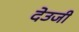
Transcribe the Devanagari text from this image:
देउजी